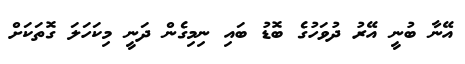
އޭނާ ބުނީ އޭރު ދުވަހުގެ ބޮޑު ބައި ނިމިގެން ދަނީ މިކަހަލަ ގޮތަކަށް